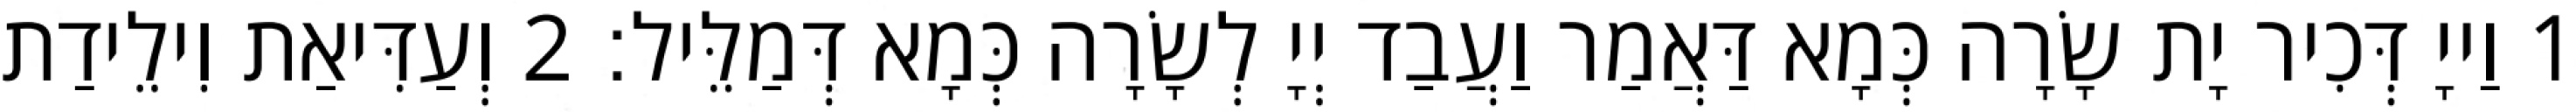
1 וַייָ דְּכִיר יָת שָׂרָה כְּמָא דַּאֲמַר וַעֲבַד יְיָ לְשָׂרָה כְּמָא דְּמַלֵּיל׃ 2 וְעַדִּיאַת וִילֵידַת